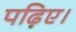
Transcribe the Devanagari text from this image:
पढ़िए।